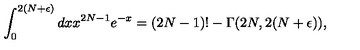
\int _ { 0 } ^ { 2 ( N + \epsilon ) } d x x ^ { 2 N - 1 } e ^ { - x } = ( 2 N - 1 ) ! - \Gamma ( 2 N , 2 ( N + \epsilon ) ) ,